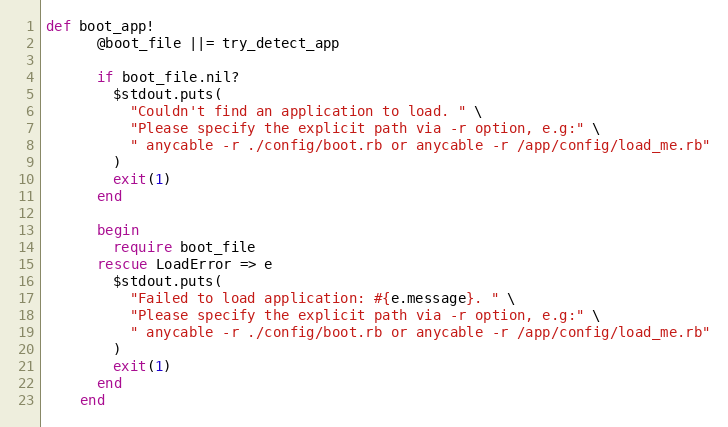
Language: Ruby
def boot_app!
      @boot_file ||= try_detect_app

      if boot_file.nil?
        $stdout.puts(
          "Couldn't find an application to load. " \
          "Please specify the explicit path via -r option, e.g:" \
          " anycable -r ./config/boot.rb or anycable -r /app/config/load_me.rb"
        )
        exit(1)
      end

      begin
        require boot_file
      rescue LoadError => e
        $stdout.puts(
          "Failed to load application: #{e.message}. " \
          "Please specify the explicit path via -r option, e.g:" \
          " anycable -r ./config/boot.rb or anycable -r /app/config/load_me.rb"
        )
        exit(1)
      end
    end